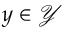
y \in \mathcal { Y }